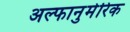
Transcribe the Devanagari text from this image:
अल्फानुमेरिक